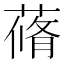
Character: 蓨